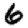
Digit: 6